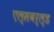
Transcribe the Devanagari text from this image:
एल्सवर्ल्ड